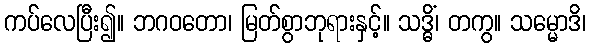
ကပ်လေပြီး၍။ ဘဂဝတော၊ မြတ်စွာဘုရားနှင့်။ သဒ္ဓိံ၊ တကွ။ သမ္မောဒိ၊